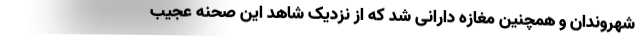
شهروندان و همچنین مغازه دارانی شد که از نزدیک شاهد این صحنه عجیب